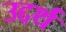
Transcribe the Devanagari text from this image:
उद्दर्थ